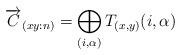
LaTeX: \begin{align*}\overrightarrow{C}_{(xy:n)}=\bigoplus_{(i,\alpha)}T_{(x,y)}(i,\alpha)\end{align*}